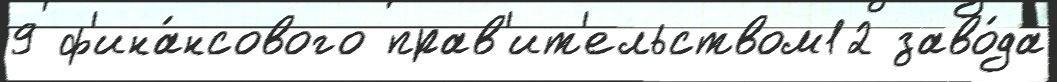
9 ф'ина́нсового прав'ит'ельством12 заво́да